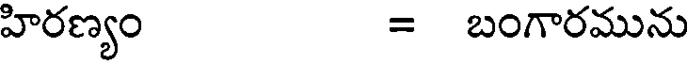
హిరణ్యం = బంగారమును